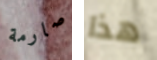
صارمة هذا